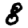
Digit: 8